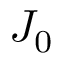
J _ { 0 }